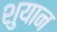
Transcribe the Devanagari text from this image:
शुयान